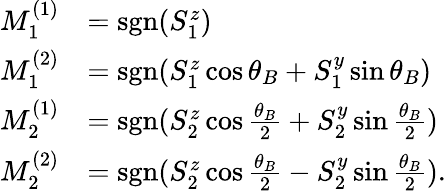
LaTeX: \begin{array}{rl}{M_{1}^{(1)}}&{=\mathrm{sgn}(S_{1}^{z})}\\ {M_{1}^{(2)}}&{=\mathrm{sgn}(S_{1}^{z}\cos\theta_{B}+S_{1}^{y}\sin\theta_{B})}\\ {M_{2}^{(1)}}&{=\mathrm{sgn}(S_{2}^{z}\cos\frac{\theta_{B}}{2}+S_{2}^{y}\sin\frac{\theta_{B}}{2})}\\ {M_{2}^{(2)}}&{=\mathrm{sgn}(S_{2}^{z}\cos\frac{\theta_{B}}{2}-S_{2}^{y}\sin\frac{\theta_{B}}{2}).}\end{array}